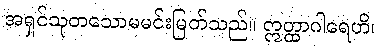
အရှင်သုတသောမမင်းမြတ်သည်။ ဣတ္ထာဂါရေဟိ၊